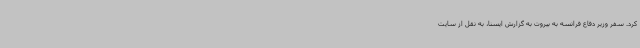
کرد. سفر وزیر دفاع فرانسه به بیروت به گزارش ایسنا، به نقل از سایت